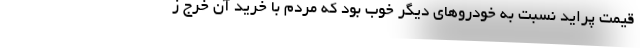
قیمت پراید نسبت به خودروهای دیگر خوب بود که مردم با خرید آن خرج ز